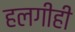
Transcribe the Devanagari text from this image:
हलगीही